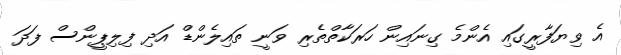
އެ ވިޔަފާރީގައި އެންމެ ގިނައިން ހަރަކާތްތެރި ވަނީ ތައިލެންޑް އަދި ފިލިޕީންސް ފަދަ